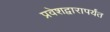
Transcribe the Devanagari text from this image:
प्रवेशद्वारापर्यंत